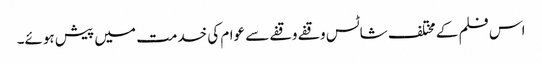
اس فلم کے مختلف شاٹس وقفے وقفے سے عوام کی خدمت میں پیش ہوئے۔